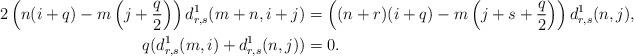
LaTeX: \begin{align*}2\left(n(i+q)-m\left(j+\frac q2\right)\right)d^1_{r,s}(m+n,i+j)&=\left((n+r)(i+q)-m\left(j+s+\frac q2\right)\right)d^1_{r,s}(n,j),\\q(d^1_{r,s}(m,i)+d^1_{r,s}(n,j))&=0.\end{align*}